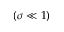
( \sigma \ll 1 )